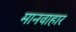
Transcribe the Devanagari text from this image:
मानवाहार